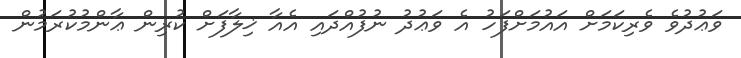
ވަޢުދުވެ ވެރިކަމަށް އައުމަށްފަހު އެ ވަޢުދު ނުފުއްދައި އެއާ ޚިލާފަށް ކުރިން ޢާންމުކުރަމުން